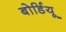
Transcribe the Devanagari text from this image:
बोर्डियू